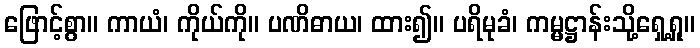
ဖြောင့်စွာ။ ကာယံ၊ ကိုယ်ကို။ ပဏိဓာယ၊ ထား၍။ ပရိမုခံ၊ ကမ္မဋ္ဌာန်းသို့ရှေ့ရှု။